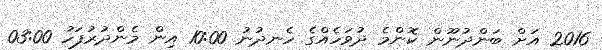
2016 އަށް ބަންދުނޫން ކޮންމެ ދުވަހެއްގެ ހެނދުނު 10:00 އިން މެންދުރުފަހު 03:00